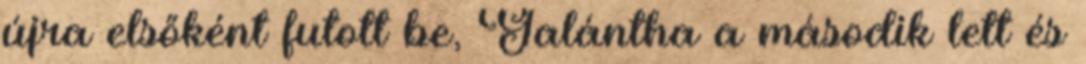
újra elsőként futott be, Galántha a második lett és